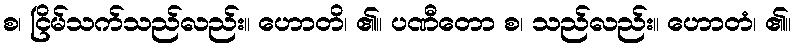
စ၊ ငြိမ်သက်သည်လည်း။ ဟောတိ၊ ၏။ ပဏီတော စ၊ သည်လည်း။ ဟောတံ၊ ၏။